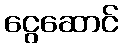
ငွေဆောင်